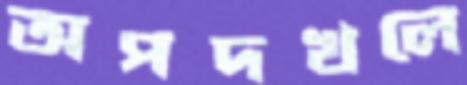
অপদখলে